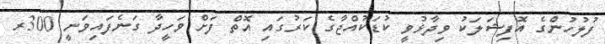
ފުލުހުންގެ އޮފިޝަލަކު ވިދާޅުވީ ކުޑަކުއްޖާގެ ކަރުގައި އޮތް ފަށް ވަހީދާ ގަނެފައިވަނީ 300ރ